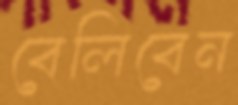
বেলিবেন